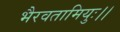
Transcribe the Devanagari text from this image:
भैरवतामियुः।।